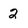
Character: 2